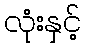
လုံးနှင့်